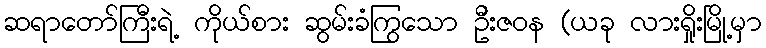
ဆရာတော်ကြီးရဲ့ ကိုယ်စား ဆွမ်းခံကြွသော ဦးဇဝန (ယခု လားရှိုးမြို့မှာ